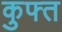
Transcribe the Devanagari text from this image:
कुफ्त